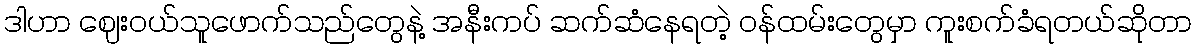
ဒါဟာ ဈေးဝယ်သူဖောက်သည်တွေနဲ့ အနီးကပ် ဆက်ဆံနေရတဲ့ ဝန်ထမ်းတွေမှာ ကူးစက်ခံရတယ်ဆိုတာ